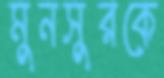
মুনসুরকে